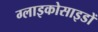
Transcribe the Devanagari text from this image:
ग्लाइकोसाइडों